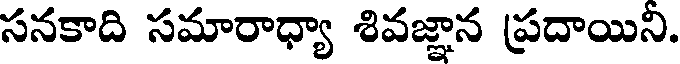
సనకాది సమారాధ్యా శివజ్ఞాన ప్రదాయిని.